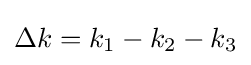
\Delta k=k_{1}-k_{2}-k_{3}